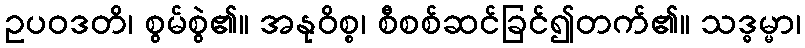
ဥပဝဒတိ၊ စွမ်စွဲ၏။ အနုဝိစ္စ၊ စီစစ်ဆင်ခြင်၍တက်၏။ သဒ္ဓမ္မာ၊